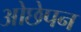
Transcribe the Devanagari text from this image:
ओछेपन